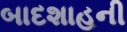
બાદશાહની